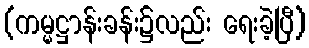
(ကမ္မဋ္ဌာန်းခန်း၌လည်း ရေးခဲ့ပြီ)